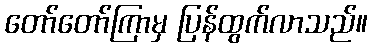
တော်တော်ကြာမှ ပြန်ထွက်လာသည်။